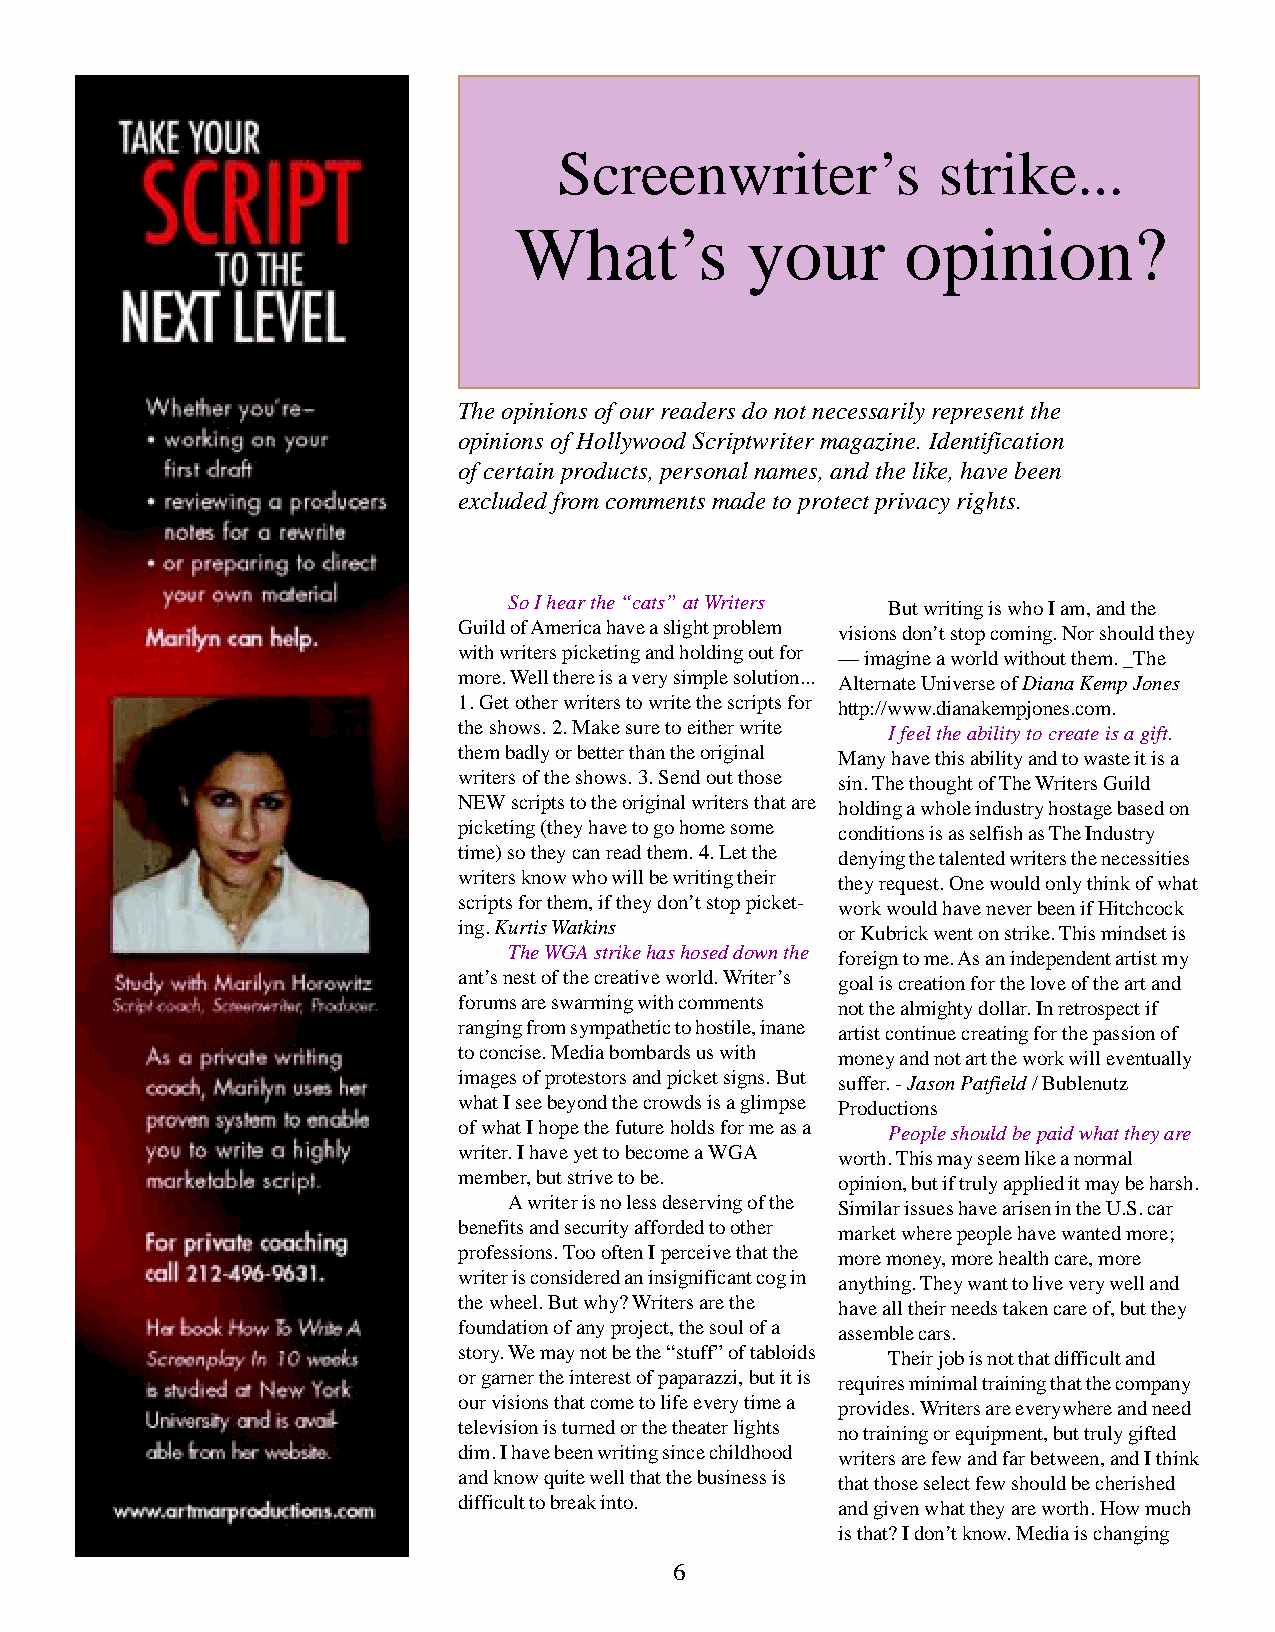
Screenwriter’s           strike...
 What’s         your       opinion?
 The opinions of our readers do not necessarily represent the
 opinions of Hollywood Scriptwriter magazine. Identification
 of certain products, personal names, and the like, have been
 excluded from comments made to protect privacy rights.
 So I hear the “cats” at Writers But writing is who I am, and the
 Guild of America have a slight problem visions don’t stop coming. Nor should they
 with writers picketing and holding out for — imagine a world without them. _The
 more. Well there is a very simple solution... Alternate Universe of Diana Kemp Jones
 1. Get other writers to write the scripts for http://www.dianakempjones.com.
 the shows. 2. Make sure to either write I feel the ability to create is a gift.
 them badly or better than the original Many have this ability and to waste it is a
 writers of the shows. 3. Send out those sin. The thought of The Writers Guild
 NEW scripts to the original writers that are holding a whole industry hostage based on
 picketing (they have to go home some conditions is as selfish as The Industry
 time) so they can read them. 4. Let the denying the talented writers the necessities
 writers know who will be writing their they request. One would only think of what
 scripts for them, if they don’t stop picket- work would have never been if Hitchcock
 ing. Kurtis Watkins      or Kubrick went on strike. This mindset is
 The WGA strike has hosed down the foreign to me. As an independent artist my
 ant’s nest of the creative world. Writer’s goal is creation for the love of the art and
 forums are swarming with comments not the almighty dollar. In retrospect if
 ranging from sympathetic to hostile, inane artist continue creating for the passion of
 to concise. Media bombards us with money and not art the work will eventually
 images of protestors and picket signs. But suffer. - Jason Patfield / Bublenutz
 what I see beyond the crowds is a glimpse Productions
 of what I hope the future holds for me as a People should be paid what they are
 writer. I have yet to become a WGA worth. This may seem like a normal
 member, but strive to be. opinion, but if truly applied it may be harsh.
 A writer is no less deserving of the Similar issues have arisen in the U.S. car
 benefits and security afforded to other market where people have wanted more;
 professions. Too often I perceive that the more money, more health care, more
 writer is considered an insignificant cog in anything. They want to live very well and
 the wheel. But why? Writers are the have all their needs taken care of, but they
 foundation of any project, the soul of a assemble cars.
 story. We may not be the “stuff” of tabloids Their job is not that difficult and
 or garner the interest of paparazzi, but it is requires minimal training that the company
 our visions that come to life every time a provides. Writers are everywhere and need
 television is turned or the theater lights no training or equipment, but truly gifted
 dim. I have been writing since childhood writers are few and far between, and I think
 and know quite well that the business is that those select few should be cherished
 difficult to break into. and given what they are worth. How much
 is that? I don’t know. Media is changing
 6